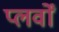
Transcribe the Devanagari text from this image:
प्लर्वों